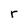
Character: r